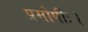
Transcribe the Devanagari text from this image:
प्रमोषीः।